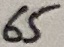
Text: 65